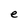
Character: e